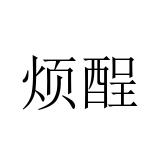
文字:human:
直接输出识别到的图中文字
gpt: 烦酲